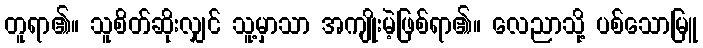
တူရာ၏။ သူစိတ်ဆိုးလျှင် သူ့မှာသာ အကျိုးမဲ့ဖြစ်ရာ၏။ လေညာသို့ ပစ်သောမြူ